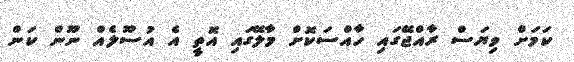
ކަމަށް ވިޔަސް ރާއްޖޭގައި ހާއްސަކޮށް މާލޭގައި އޮތީ އެ އުސޫލެއް ނޫން ކަން